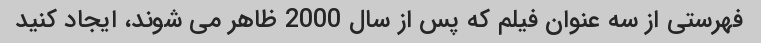
فهرستی از سه عنوان فیلم که پس از سال 2000 ظاهر می شوند، ایجاد کنید